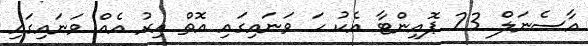
އާސެނަލް 23 ޕޮއިންޓާ އެކު ހަ ވަނައިގައި އޮތް އިރު އެއް ވަނައިގައި